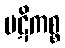
ပဋိကစ္စ